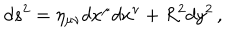
LaTeX: d s ^ { 2 } = \eta _ { \mu \nu } d x ^ { \mu } d x ^ { \nu } + R ^ { 2 } d y ^ { 2 } \, ,